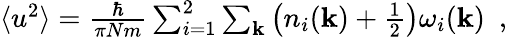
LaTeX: \begin{array}{r}{\langle u^{2}\rangle=\frac{\hbar}{\pi Nm}\sum_{i=1}^{2}\sum_{\mathbf k}\left(n_{i}({\mathbf k})+\frac{1}{2}\right)\omega_{i}({\mathbf k})~~,}\end{array}